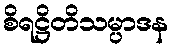
စိရဋ္ဌိတိသမ္ပာဒန